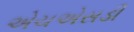
એચએસડી